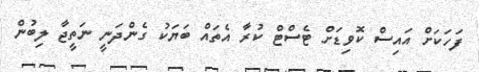
ފަހަކަށް އައިސް ކޮވިޑަށް ޓެސްޓް ކުރާ އެތައް ބަޔަކު ގެންދަނީ ނަތީޖާ ލިބުން